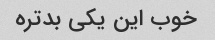
خوب این یکی بدتره